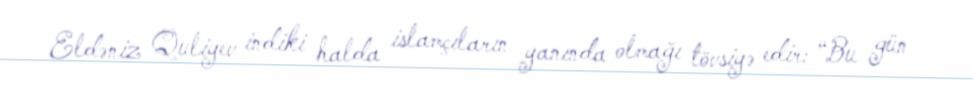
Eldəniz Quliyev indiki halda islamçıların yanında olmağı tövsiyə edir: “Bu gün